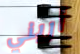
أريني